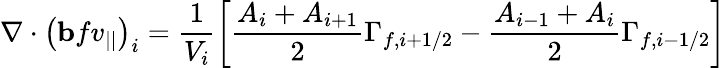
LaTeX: \nabla\cdot\left(\mathbf{b}fv_{||}\right)_{i}=\frac{1}{V_{i}}\left[\frac{A_{i}+A_{i+1}}{2}\Gamma_{f,i+1/2}-\frac{A_{i-1}+A_{i}}{2}\Gamma_{f,i-1/2}\right]